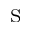
_ \mathrm { S }